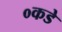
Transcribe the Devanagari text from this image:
०कडे